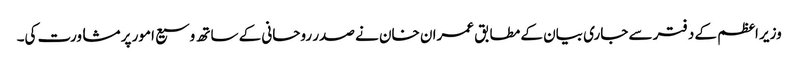
وزیر اعظم کے دفتر سے جاری بیان کے مطابق عمران خان نے صدر روحانی کے ساتھ وسیع امور پر مشاورت کی۔